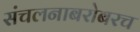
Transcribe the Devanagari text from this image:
संचलनाबरोबरच